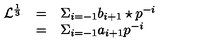
\begin{array} { l c l } { { \mathcal L } ^ { \frac { 1 } { 3 } } } & { = } & { \Sigma _ { i = - 1 } b _ { i + 1 } \star p ^ { - i } } \\ { } & { = } & { { \Sigma } _ { i = - 1 } a _ { i + 1 } p ^ { - i } } \\ \end{array}